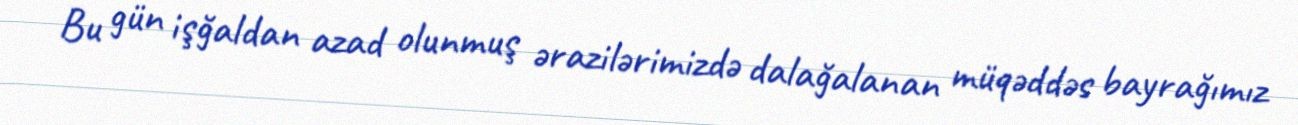
Bu gün işğaldan azad olunmuş ərazilərimizdə dalağalanan müqəddəs bayrağımız